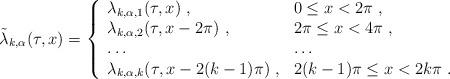
LaTeX: \begin{align*} \tilde\lambda_{k,\alpha}(\tau,x) = \left\{ \begin{array}{ll} \lambda_{k,\alpha,1}(\tau,x)~, & 0\leq x < 2\pi~, \cr \lambda_{k,\alpha,2}(\tau,x-2\pi)~, & 2\pi\leq x < 4\pi~, \cr \ldots & \ldots \cr \lambda_{k,\alpha,k}(\tau,x-2(k-1)\pi)~, & 2(k-1)\pi\leq x < 2k\pi~. \end{array}\right.\end{align*}